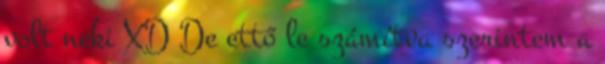
volt neki XD De ettő le számítva szerintem a